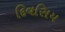
દિવસિય